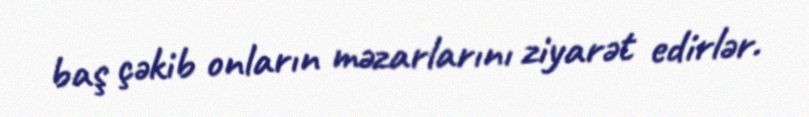
baş çəkib onların məzarlarını ziyarət edirlər.